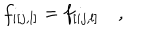
f _ { i [ j , l ] } = f _ { [ i j , l ] } \quad ,